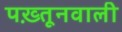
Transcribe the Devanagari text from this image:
पख़्तूनवाली